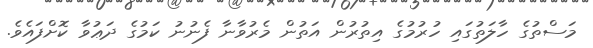
މަސްތުގެ ހާލަތުގައި ހުރުމުގެ އިތުރުން އަތުން މެރުވާނާ ފެނުނު ކަމުގެ ދަޢުވާ ކޮށްފައެވެ.